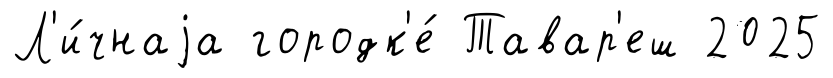
Л'и́чнаjа городк'е́ Тавар'еш 2025